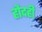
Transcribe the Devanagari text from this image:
हौदही